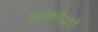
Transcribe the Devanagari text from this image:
विहिरीद्वारे